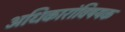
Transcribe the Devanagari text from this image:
अधिकारांविषयक